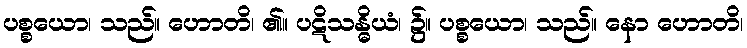
ပစ္စယော၊ သည်။ ဟောတိ၊ ၏။ ပဋိသန္ဓိယံ၊ ၌။ ပစ္စယော၊ သည်။ နော ဟောတိ၊